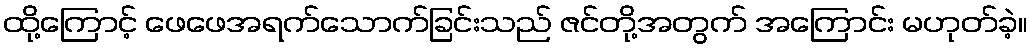
ထို့ကြောင့် ဖေဖေအရက်သောက်ခြင်းသည် ဇင်တို့အတွက် အကြောင်း မဟုတ်ခဲ့။